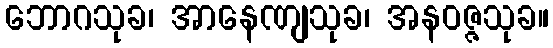
ဘောဂသုခ၊ အာနေဏျသုခ၊ အနဝဇ္ဇသုခ။